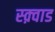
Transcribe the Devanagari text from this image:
स्क़्वाड